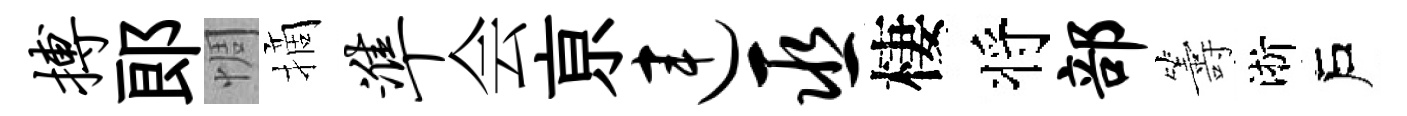
搏郎惆摘准会亰连巫棲将部籌淅戶